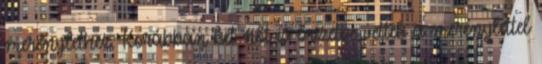
merénylethez. Korábban két nőt is őrizetbe vettek a merénylettel